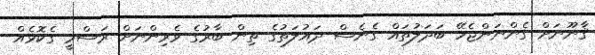
ޤާނޫނަށް ގެންނަންޖެހޭ ބަދަލުތައް ގެނެސް ދައުލަތުގެ ތިން ބާރުގެ ވެރިންނަށް ރަސްމީ ގެކޮޅެއް